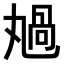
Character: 𠷏